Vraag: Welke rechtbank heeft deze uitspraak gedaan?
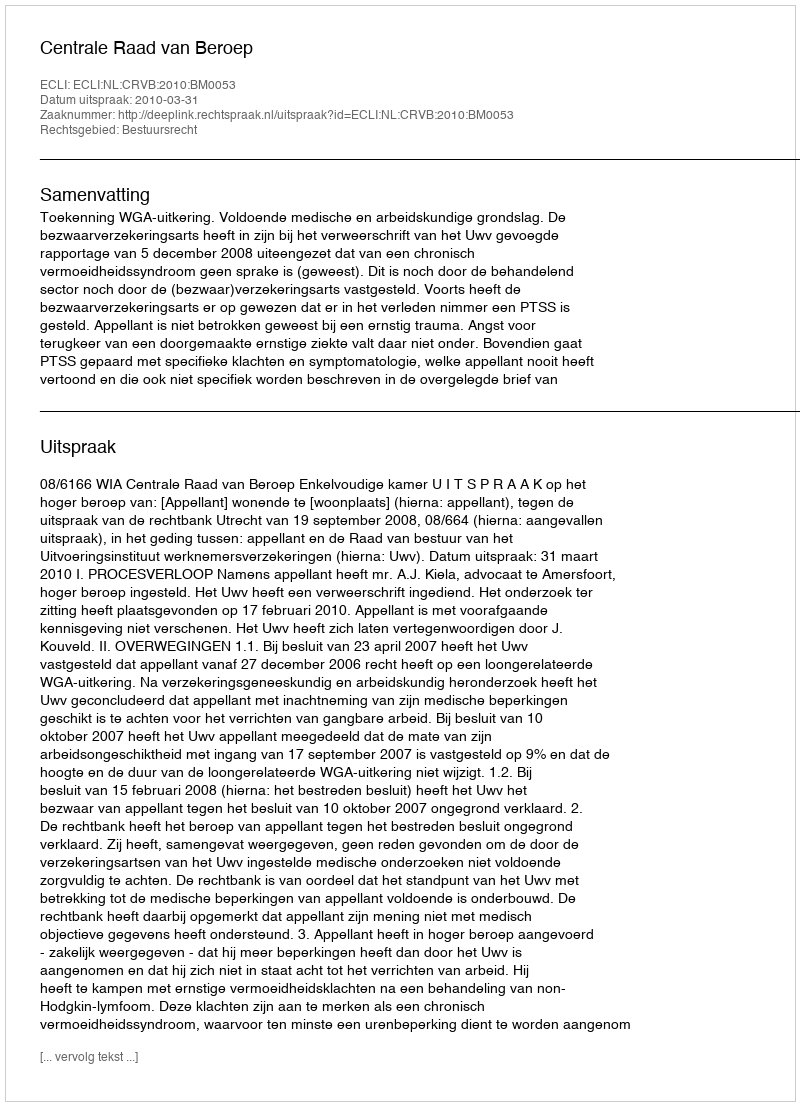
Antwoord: Centrale Raad van Beroep